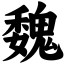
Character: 魏